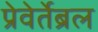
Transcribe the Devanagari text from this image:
प्रेवेर्तेब्रल